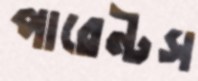
পারেন্টস